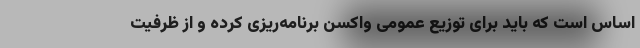
اساس است که باید برای توزیع عمومی واکسن برنامه‌ریزی کرده و از ظرفیت